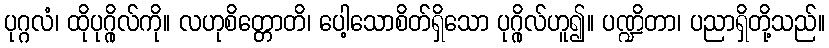
ပုဂ္ဂလံ၊ ထိုပုဂ္ဂိုလ်ကို။ လဟုစိတ္တောတိ၊ ပေါ့သောစိတ်ရှိသော ပုဂ္ဂိုလ်ဟူ၍။ ပဏ္ဍိတာ၊ ပညာရှိတို့သည်။